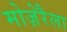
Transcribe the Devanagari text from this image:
मोज़ेरैला